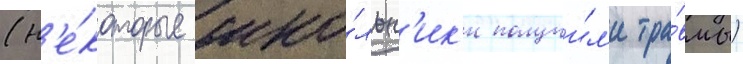
(н'е́которые шко́льн'ик'и получи́л'и тра́вмы)